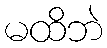
မထိဘဲ